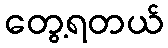
တွေ့ရတယ်